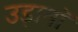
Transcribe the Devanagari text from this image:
उड़ानॉ